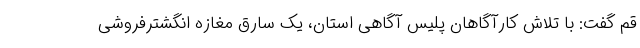
قم گفت: با تلاش کارآگاهان پلیس آگاهی استان، یک سارق مغازه انگشترفروشی